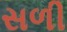
સળી